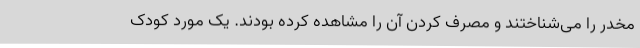
مخدر را می‌شناختند و مصرف کردن آن را مشاهده کرده بودند. یک مورد کودک